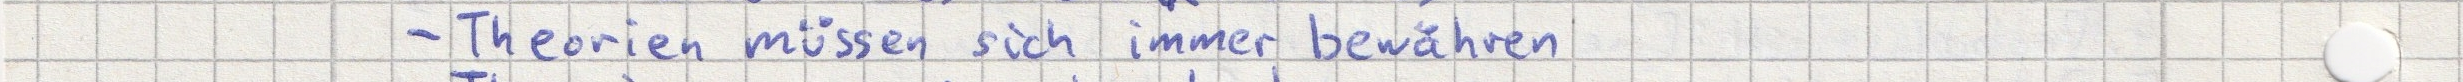
- Theorien müssen sich immer bewähren